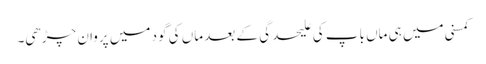
کمسنی میں ہی ماں باپ کی علیحدگی کے بعد ماں کی گود میں پروان چڑھی۔